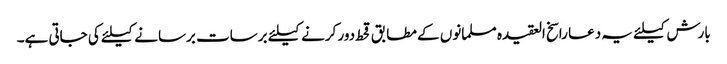
بارش کیلئے یہ دعا راسخ العقیدہ مسلمانوں کے مطابق قحط دور کرنے کیلئے برسات برسانے کیلئے کی جاتی ہے۔